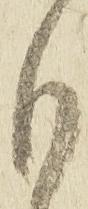
も